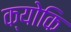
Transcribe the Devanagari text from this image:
क्‍योकि